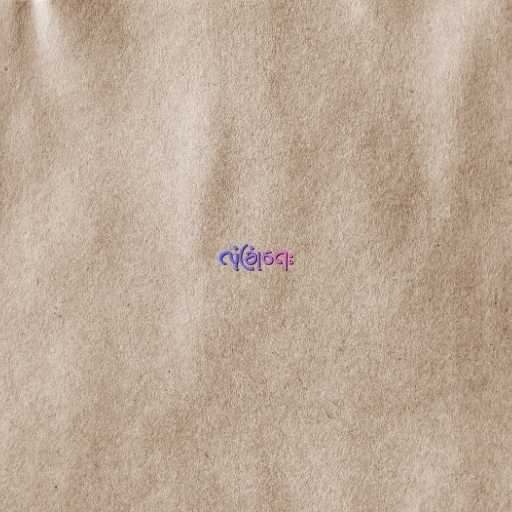
လုံခြုံရေး